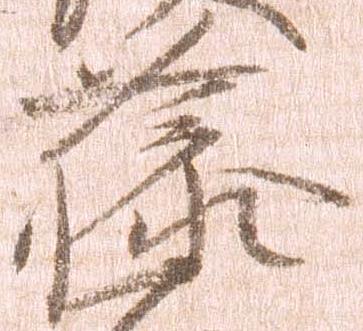
藤